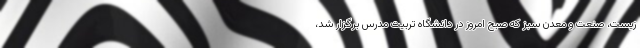
زیست، صنعت و معدن سبز که صبح امروز در دانشگاه تربیت مدرس برگزار شد،